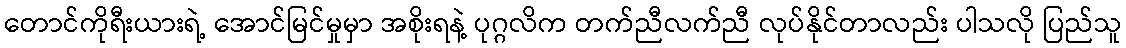
တောင်ကိုရီးယားရဲ့ အောင်မြင်မှုမှာ အစိုးရနဲ့ ပုဂ္ဂလိက တက်ညီလက်ညီ လုပ်နိုင်တာလည်း ပါသလို ပြည်သူ